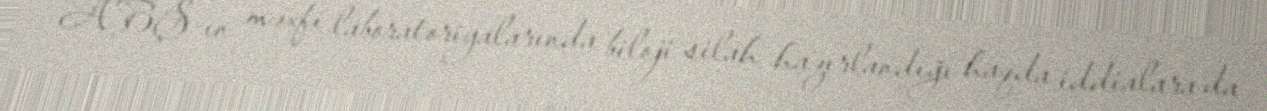
ABŞ-ın məxfi laboratoriyalarında biloji silah hazırlandığı haqda iddialara da